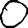
Digit: 0